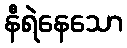
နီရဲနေသော